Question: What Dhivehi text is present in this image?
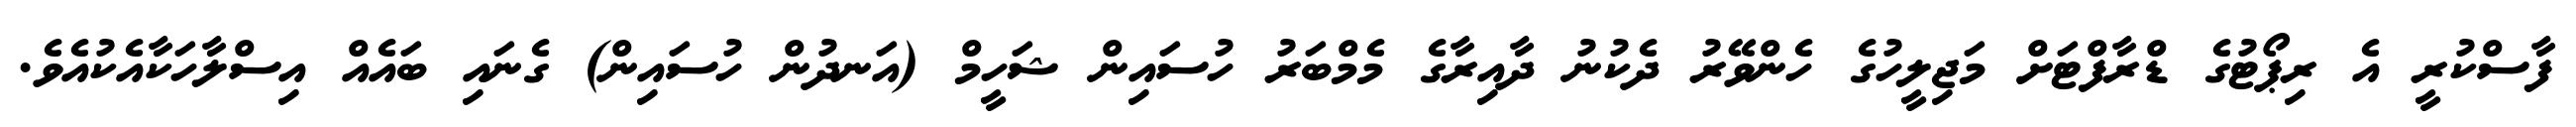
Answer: ފާސްކުރީ އެ ރިޕޯޓުގެ ޑްރާފްޓަށް މަޖިލީހުގެ ހެންވޭރު ދެކުނު ދާއިރާގެ މެމްބަރު ހުސައިން ޝަހީމް (އަނދުން ހުސައިން) ގެނައި ބައެއް އިސްލާހަކާއެކުއެވެ.